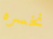
نخسره